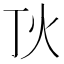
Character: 𤆉